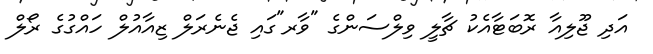
އަދި ޖޫލިއާ ރޮބަޓާއެކު ޗާލީ ވިލްސަންގެ "ވާރ"ގައި ޖެނެރަލް ޒިއާއުލް ހައްގުގެ ރޯލް